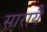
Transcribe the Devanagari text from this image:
सारायै